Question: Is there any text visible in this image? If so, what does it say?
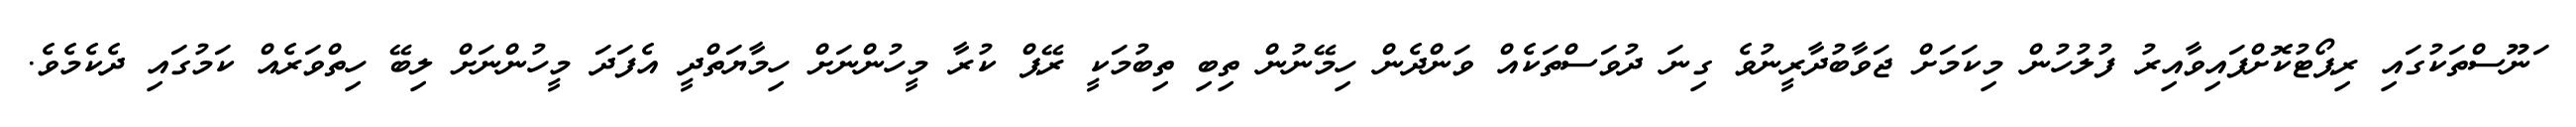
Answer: ަނޫސްތަކުގައި ރިޕޯޓުކޮށްފައިވާއިރު ފުލުހުން މިކަމަށް ޖަވާބުދާރީނުވެ ގިނަ ދުވަސްތަކެއް ވަންދެން ހިމޭނުން ތިބި ތިބުމަކީ ރޭޕް ކުރާ މީހުންނަށް ހިމާޔަތްދީ އެފަދަ މީހުންނަށް ލިބޭ ހިތްވަރެއް ކަމުގައި ދެކެމެވެ.